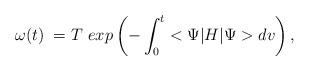
LaTeX: \begin{align*}{ \omega}(t)\; = T \ exp\left( -\int_{0}^{t} < \Psi |H|\Psi>dv \right), \end{align*}